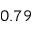
0 . 7 9